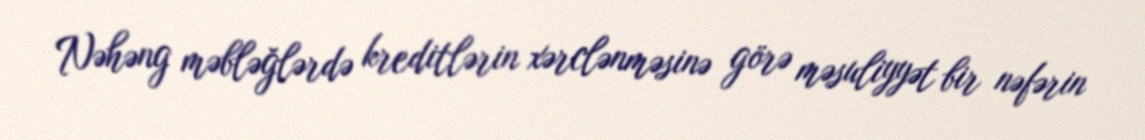
Nəhəng məbləğlərdə kreditlərin xərclənməsinə görə məsuliyyət bir nəfərin